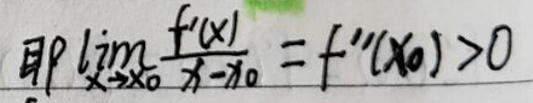
即\(\lim_{x \to x_0} \frac{f'(x)}{x - x_0} = f''(x_0) > 0\)